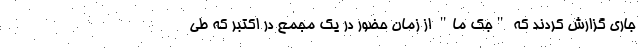
جاری گزارش کردند که "جک ما" از زمان حضور در یک مجمع در اکتبر که طی